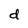
Character: d